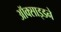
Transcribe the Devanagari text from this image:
ऑक्साइडने